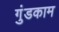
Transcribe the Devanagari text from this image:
गुंडकाम